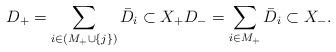
LaTeX: \begin{align*}D_+=\sum_{i\in (M_+\cup \{j\})} \bar D_i\subset X_+ D_-=\sum_{i\in M_+} \bar D_i\subset X_-. \end{align*}